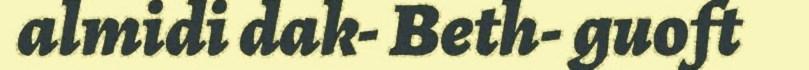
almidi dak- Beth- guoft